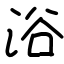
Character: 浴